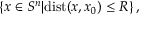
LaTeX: \left\{ x \in S ^ { n } | \mathrm { d i s t } ( x , x _ { 0 } ) \leq R \right\} ,